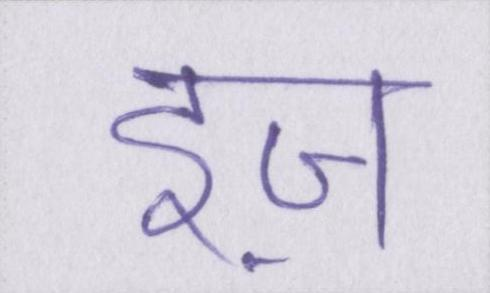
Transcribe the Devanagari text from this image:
इज़